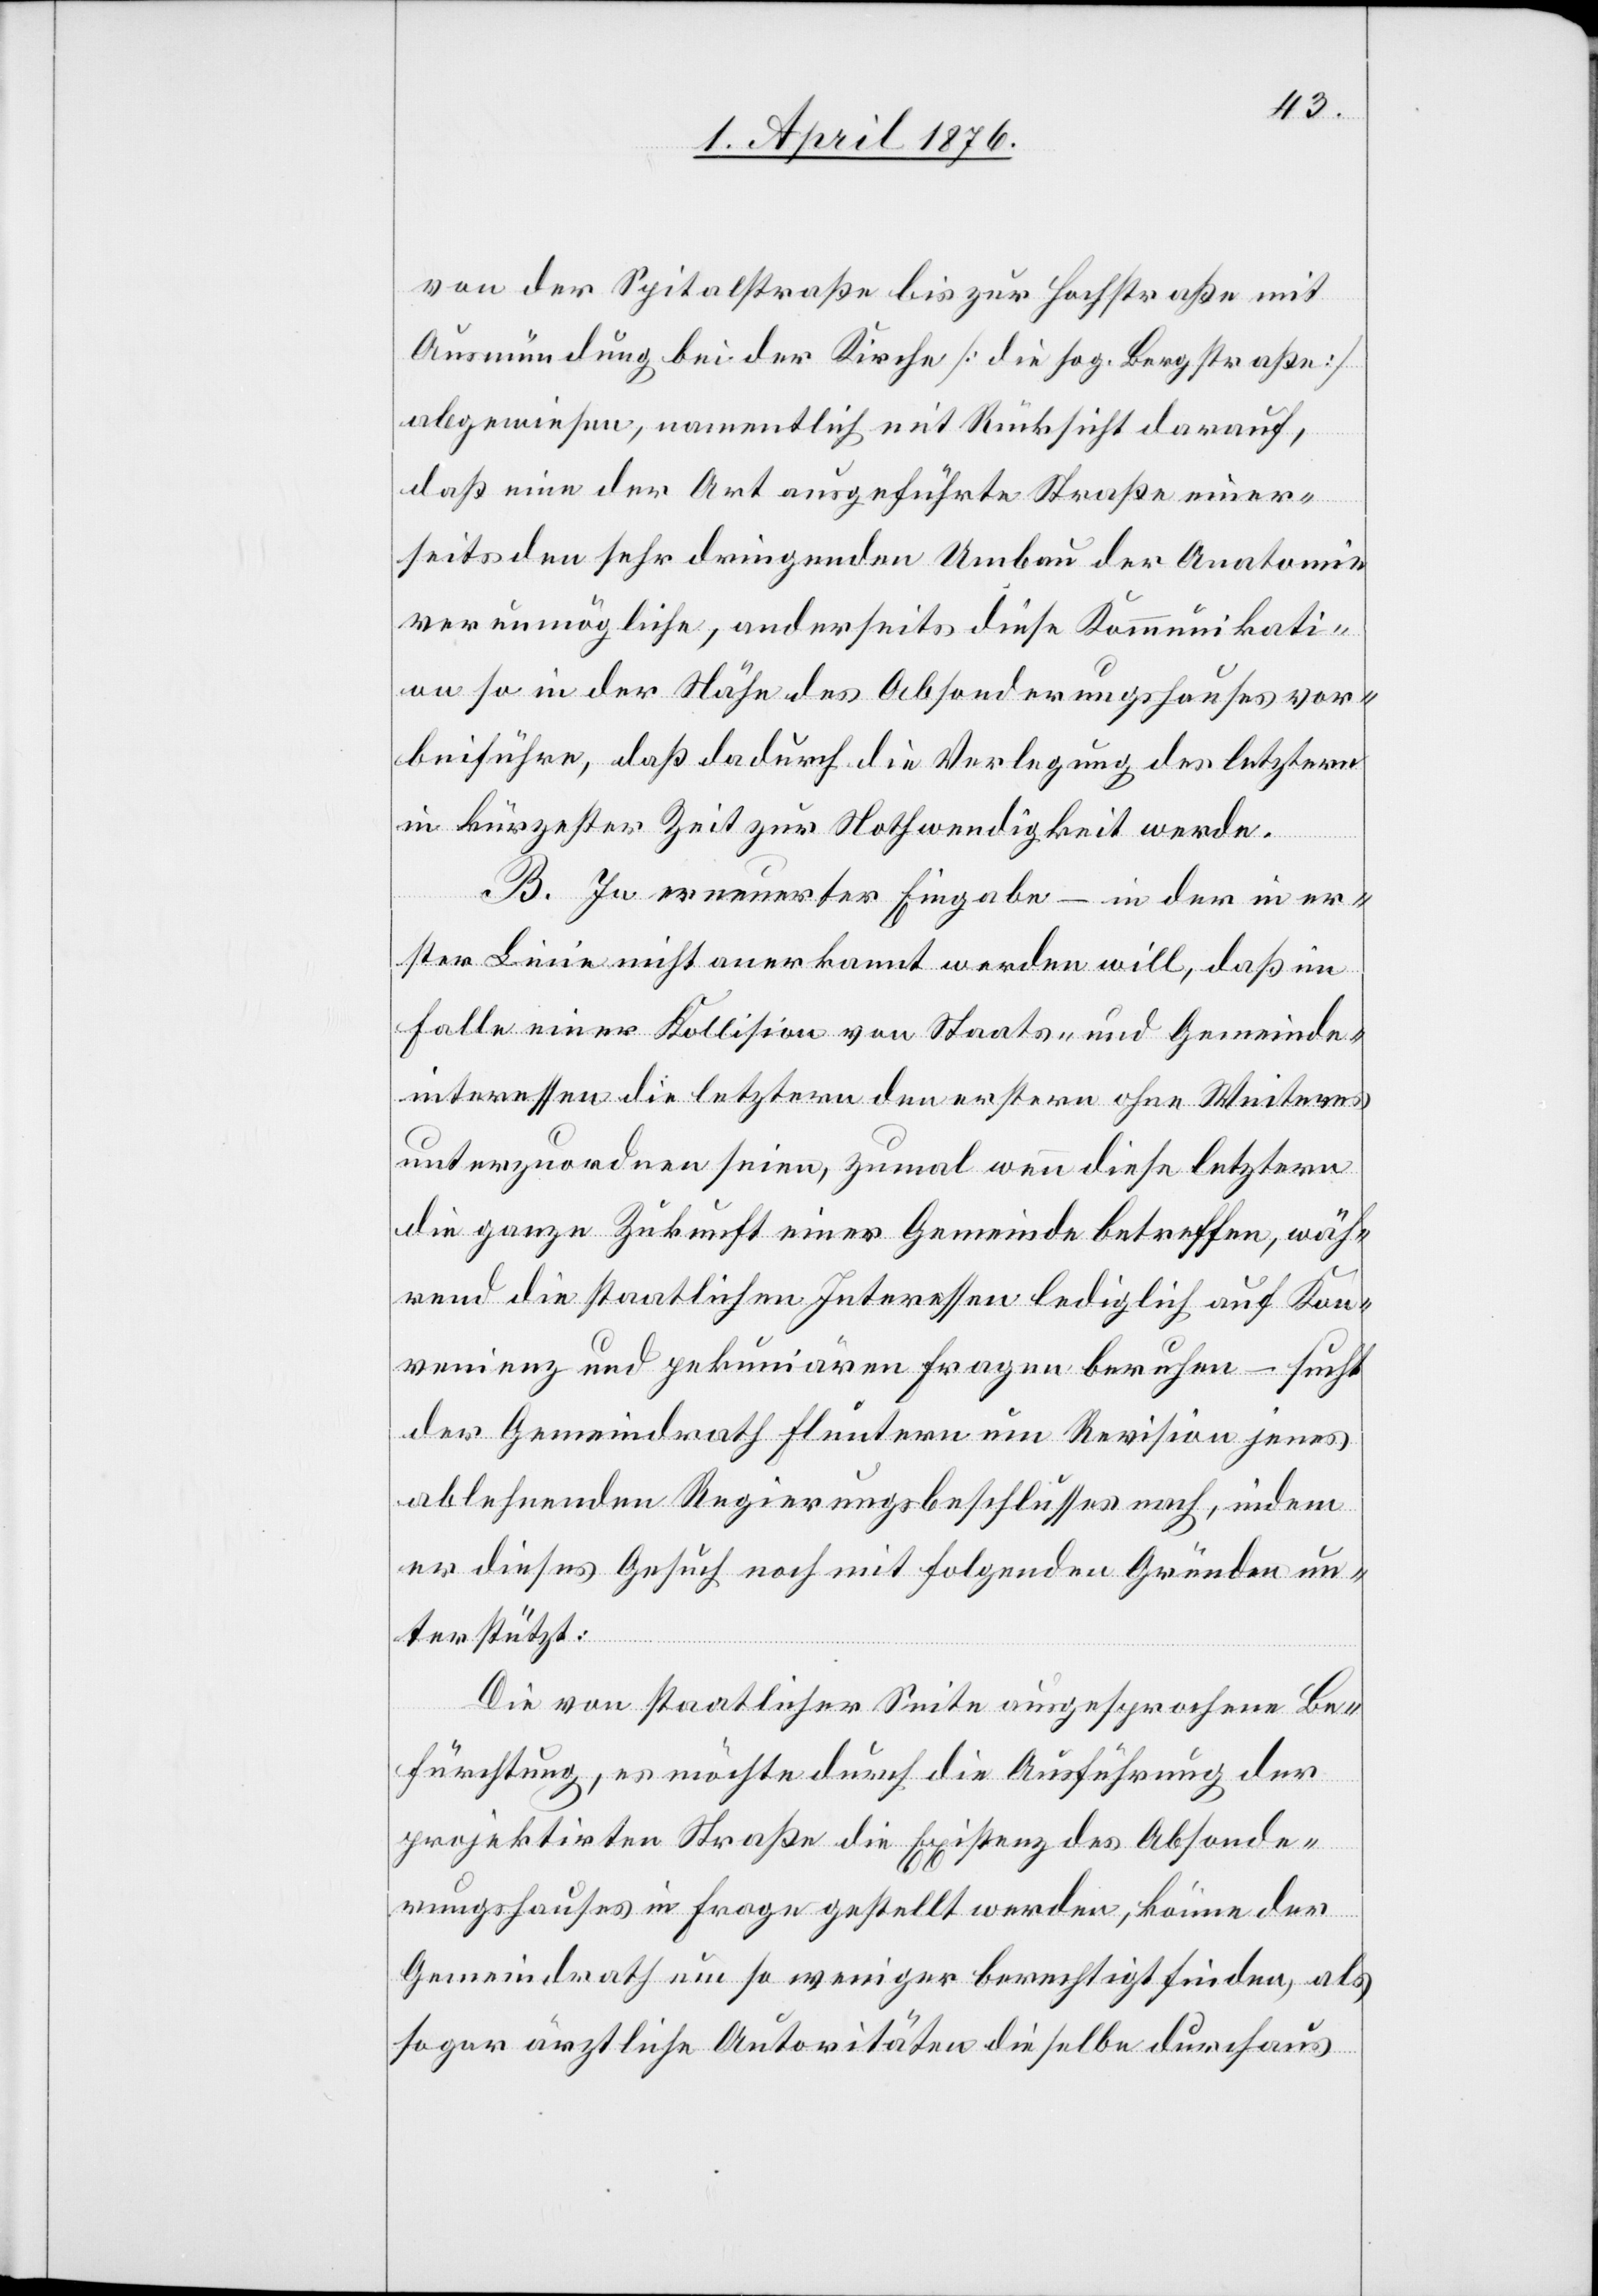
von der Spitalstraße bis zur Hochstraße mit
Ausmündung bei der Kirche [die sog. Langstraße]
abgewiesen, namentlich mit Rücksicht darauf,
daß eine der Art ausgeführte Straße einer¬
seits den sehr dringenden Umbau der Anatomie
verunmögliche, anderseits diese Kommunikati¬
on so in der Nähe des Absonderungshauses vor¬
beiführe, daß dadurch die Verlegung der letztern
in kürzester Zeit zur Nothwendigkeit werde.
B. In erneuerter Eingabe – in der in er¬
ster Linie nicht anerkannt werden will, daß im
Falle einer Kollision von Staats- und Gemeinde¬
interessen die letztern den erstern ohne Weiteres
unterzuordnen seien, zumal wenn diese letztern
die ganze Zukunft einer Gemeinde betreffen, wäh¬
rend die staatlichen Interessen lediglich auf Kon¬
venienz und pekuniären Fragen beruhen – sucht
der Gemeindrath Fluntern um Revision jenes
ablehnenden Regierungsbeschlusses nach, indem
er dieses Gesuch noch mit folgenden Gründen un¬
terstützt:
Die von staatlicher Seite ausgesprochene Be¬
fürchtung, es möchte durch die Ausführung der
projektirten Straße die Existenz des Absonde¬
rungshauses in Frage gestellt werden, könne der
Gemeindrath um so weniger berechtigt finden, als
sogar ärztliche Autoritäten dieselbe durchaus